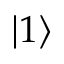
\left. \vert 1 \right\rangle